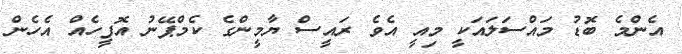
އެންމެ ބޮޑު މައްސަލައަކީ މިއީ އެވެ ރައީސް ޔާމީންގެ ކެމްޕޭނު އޮފީހެއް އެހެން